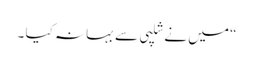
“ میں نے شلپی سے بہانہ کیا ۔